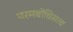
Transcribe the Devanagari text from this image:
परमबोधिसत्त्व